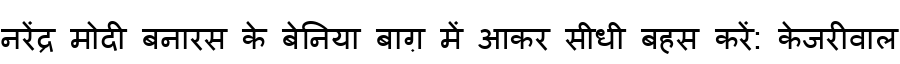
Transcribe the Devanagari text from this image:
नरेंद्र मोदी बनारस के बेनिया बाग़ में आकर सीधी बहस करें: केजरीवाल